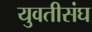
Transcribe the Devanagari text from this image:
युवतीसंघ